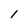
Character: I